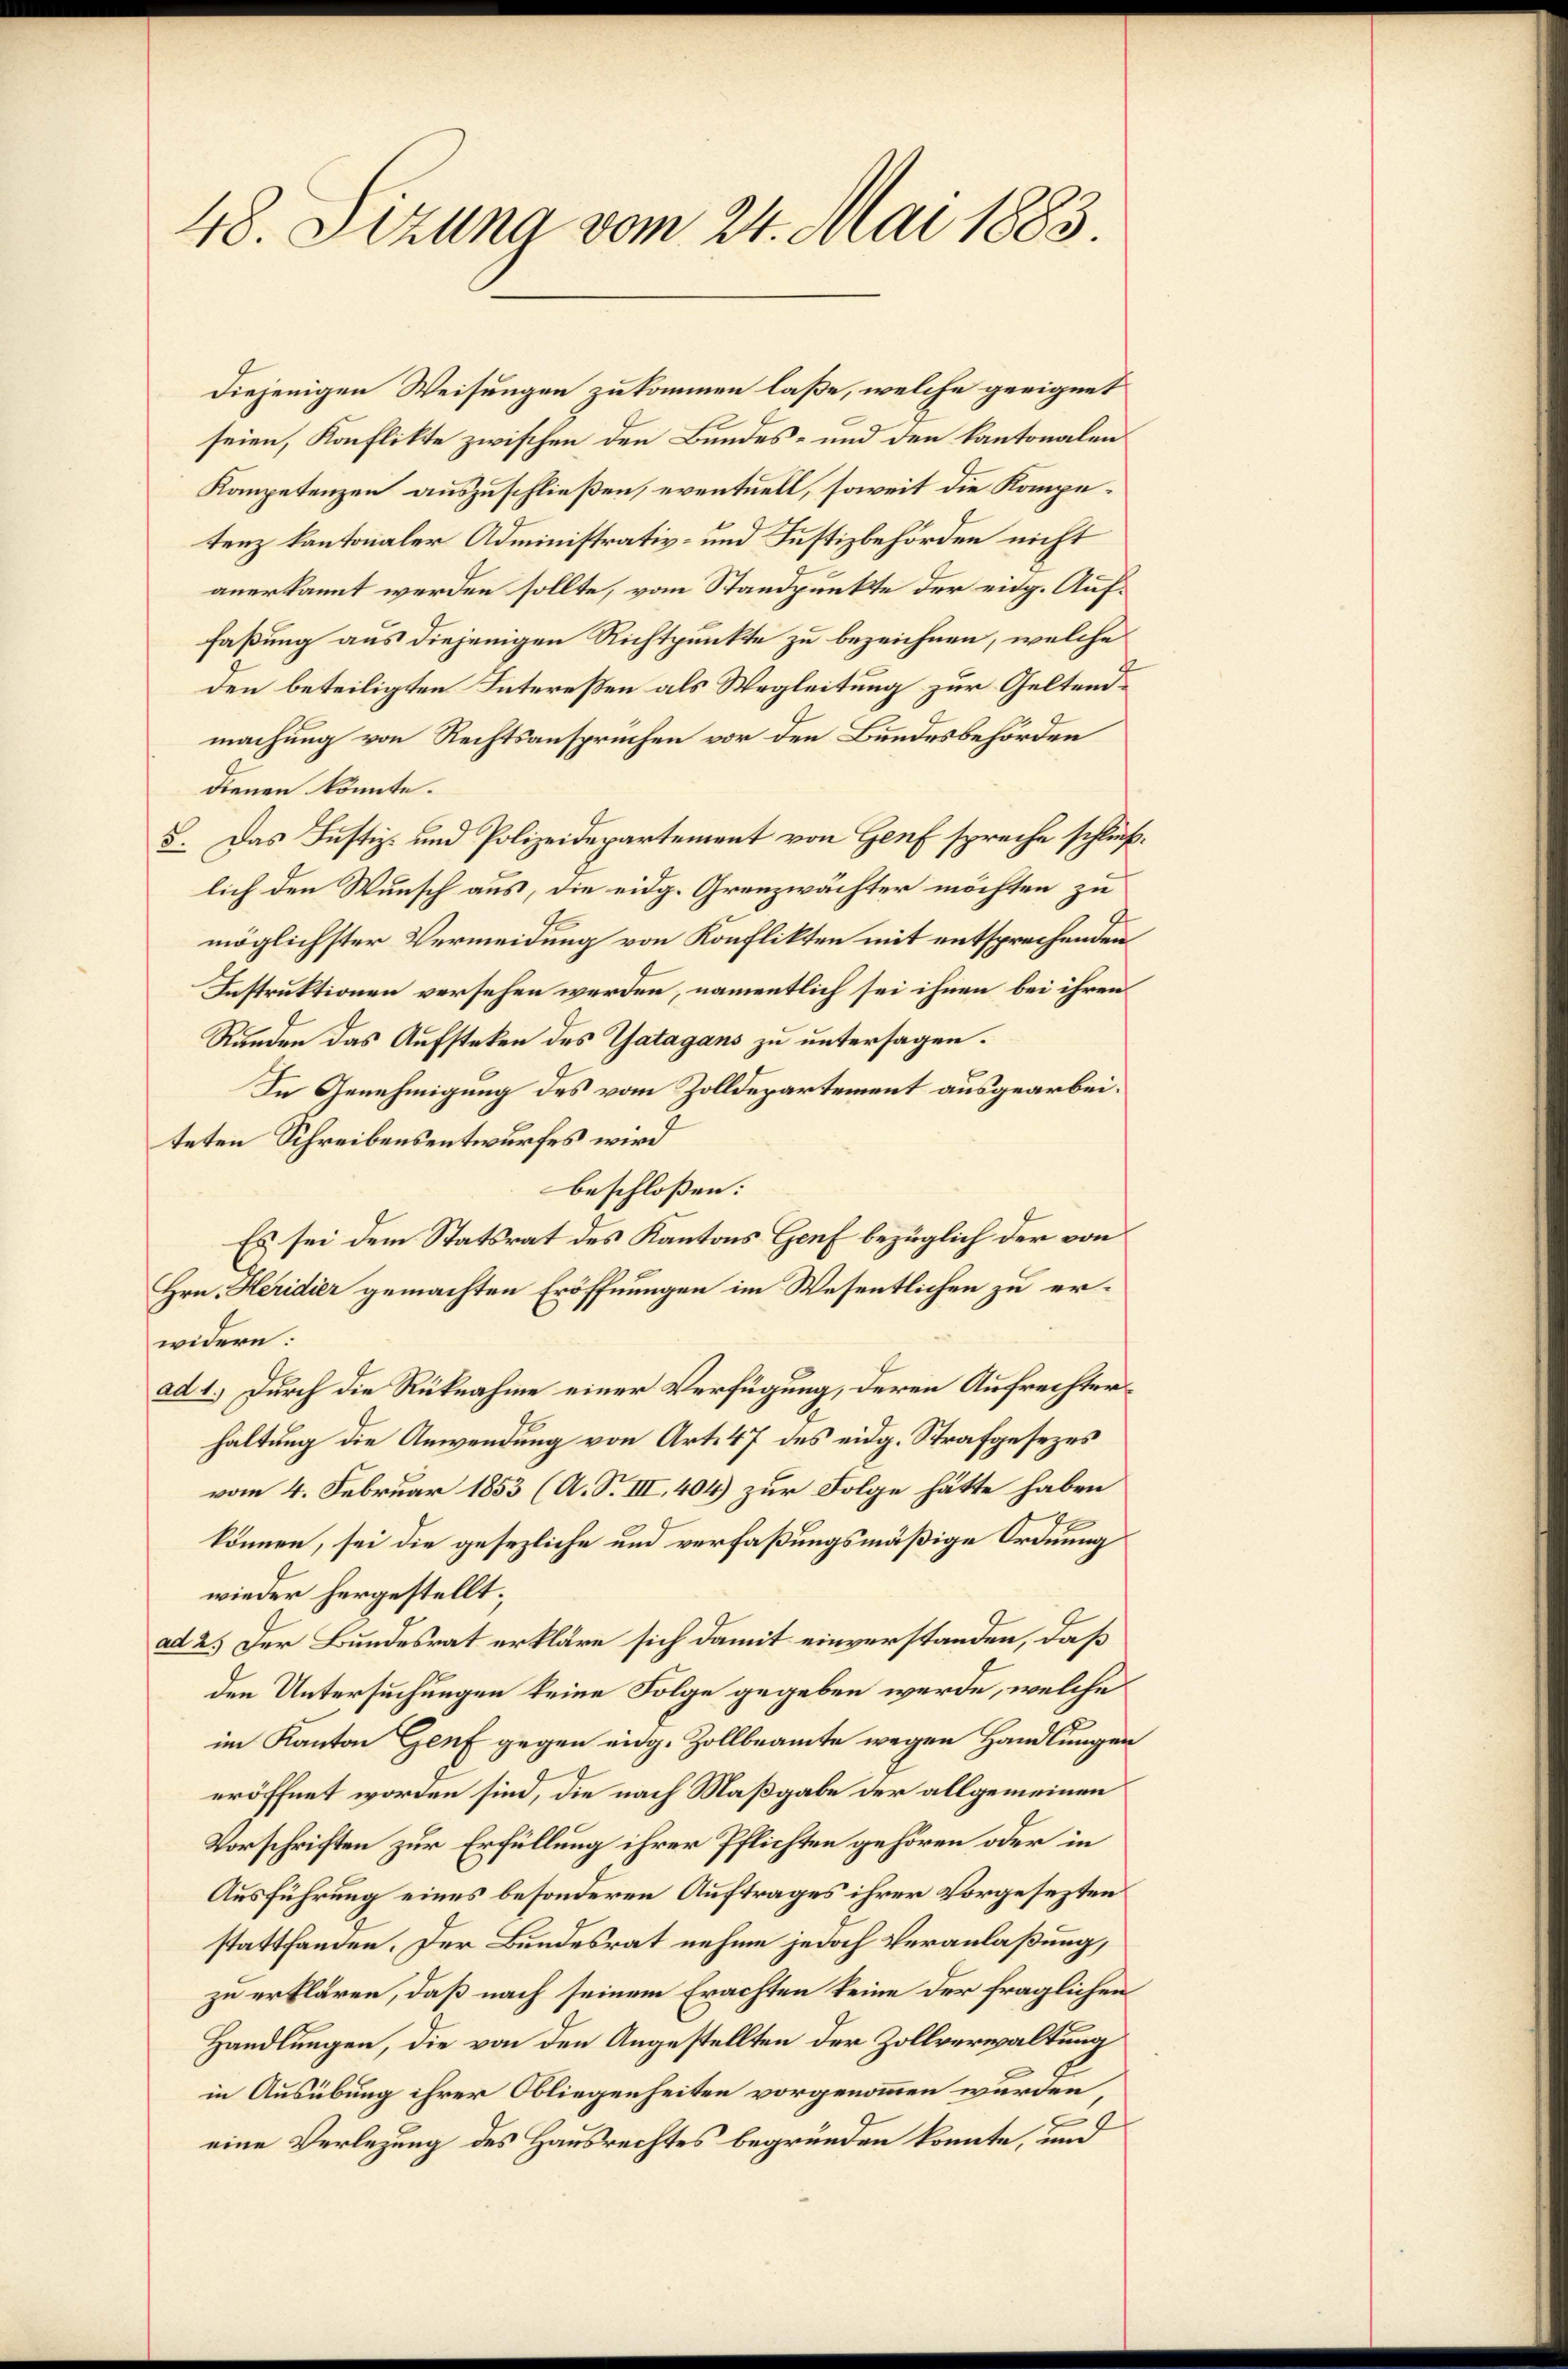
48. Sizung vom 24. Mai 1883.

seien, Konflikte zwischen den Bundes- und den kantonalen
Kompetenzen auszuschließen, eventuell, soweit die Kompetenz kantonaler Administrativ- und Justizbehörden nicht
anerkannt werden sollte, vom Standpunkte der eidg. Auffaßung aus diejenigen Richtpunkte zu bezeichnen, welche
den beteiligten Intereßen als Wegleitung zur Geltendmachung von Rechtsanspruchen vor den Bundesbehörden
dienen könnte.
5. Das Justiz- und Polizeidepartement von Genf spreche schließ
lich den Wunsch aus, die eidg. Grenzwächter möchten zu
möglichster Vermeidung von Konflikten mit entsprechenden
Instruktionen versehen werden, namentlich sei ihnen bei ihren
Runden das Aufsteken des Catagans zu untersagen.
In Genehmigung des vom Zolldepartement ausgearbeiteten Schreibensentwurfes wird
beschlossen:
Es sei dem Statsrat des Kantons Genf bezüglich der von
Hrn. Heridier gemachten Eröffnungen im Wesentlichen zu erwidern:
ad 1.) Durch die Rücknahme einer Verfügung, deren Aufrechterhaltung die Anwendung von Art. 47 des eidg. Strafgesezes
vom 4. Februar 1853 (A. S. III, 404) zur Folge hätte haben
können, sei die gesezliche und verfaßungsmäßige Ordnung
wieder hergestellt;
ad 2.) Der Bundesrat erkläre sich damit einverstanden, daß
den Untersuchungen keine Folge gegeben werde, welche
im Kanton Genf gegen eidg. Zollbeamte wegen Handlungen
eröffnet worden sind, die nach Maßgabe der allgemeinen
Vorschriften zur Erfüllung ihrer Pflichten gehören oder in
Ausführung eines besonderen Auftrages ihrer Vorgesezten
stattfanden. Der Bundesrat nehme jedoch Veranlaßung,
zu erklären, daß nach seinem Erachten keine der fraglichen
Handlungen, die von den Angestellten der Zollverwaltung
in Ausübung ihrer Obliegenheiten vorgenommen wurden,
eine Verlegung des Hausrechtes begründen konnte, und

diejenigen Weisungen zukommen laße, welche geeignet